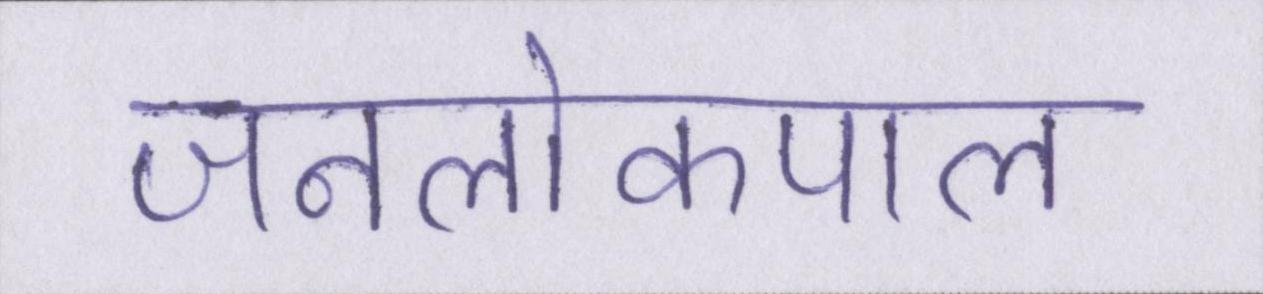
जनलोकपाल